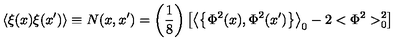
\left\langle \xi ( x ) \xi ( x ^ { \prime } ) \right\rangle \equiv N ( x , x ^ { \prime } ) = \left( \frac 1 8 \right) \left[ \left\langle \left\{ \Phi ^ { 2 } ( x ) , \Phi ^ { 2 } ( x ^ { \prime } ) \right\} \right\rangle _ { 0 } - 2 < \Phi ^ { 2 } > _ { 0 } ^ { 2 } \right]